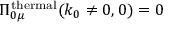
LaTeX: \Pi _ { 0 \mu } ^ { \mathrm { t h e r m a l } } ( k _ { 0 } \neq 0 , 0 ) = 0